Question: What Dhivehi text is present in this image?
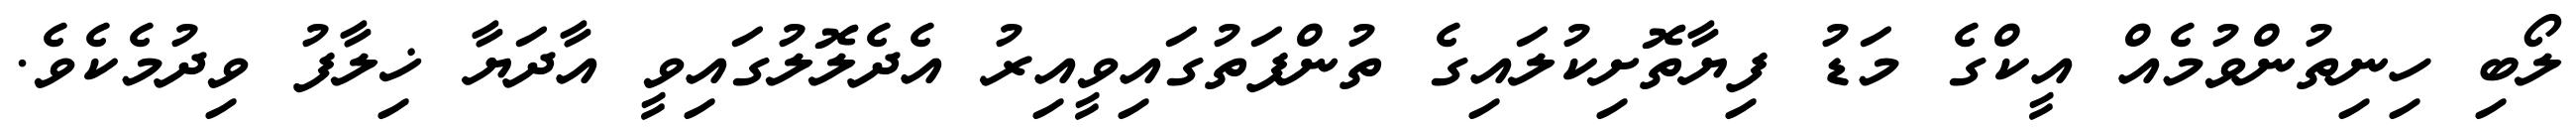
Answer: ލޯބި ހިނިތުންވުމެއް އީކްގެ މަޑު ފިޔާތޮށިކުލައިގެ ތުންފަތުގައިވީއިރު އެދެލޮލުގައިވީ އާދަޔާ ޚިލާފު ވިދުމެކެވެ.